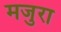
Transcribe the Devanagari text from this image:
मजुरा